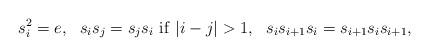
LaTeX: \begin{align*} s_i^2=e, \ \ s_is_j=s_js_i \ \mathrm{if} \ |i-j|>1, \ \ s_is_{i+1}s_i=s_{i+1}s_is_{i+1},\end{align*}